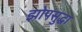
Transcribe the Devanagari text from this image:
झोपसुद्धा